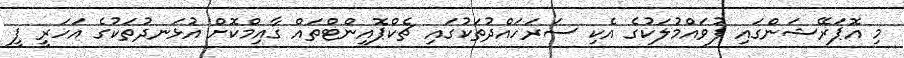
މި އޮޕަރޭޝަންގައި ފުވައްމުލަކުގެ އެކި ސަރަހައްދުތަކުގައި ޗެކްޕޮއިންޓްތައް ގާއިމްކޮށް އުޅަނދުތަކުގެ އަހަރީ ފީ